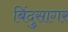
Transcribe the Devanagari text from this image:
बिंदुसागर